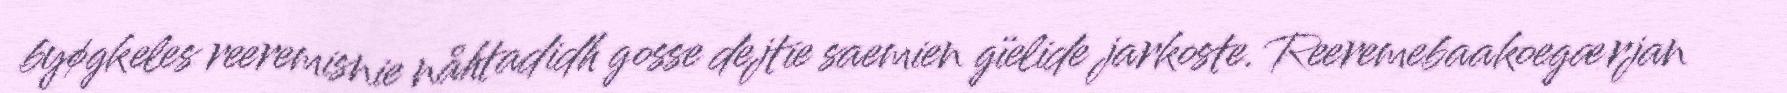
byøgkeles reeremisnie nåhtadidh gosse dejtie saemien gïelide jarkoste. Reeremebaakoegærjan